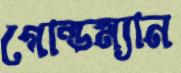
গোল্ডম্যান